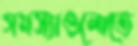
সমস্যাগুলোতে